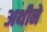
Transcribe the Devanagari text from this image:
अथीने